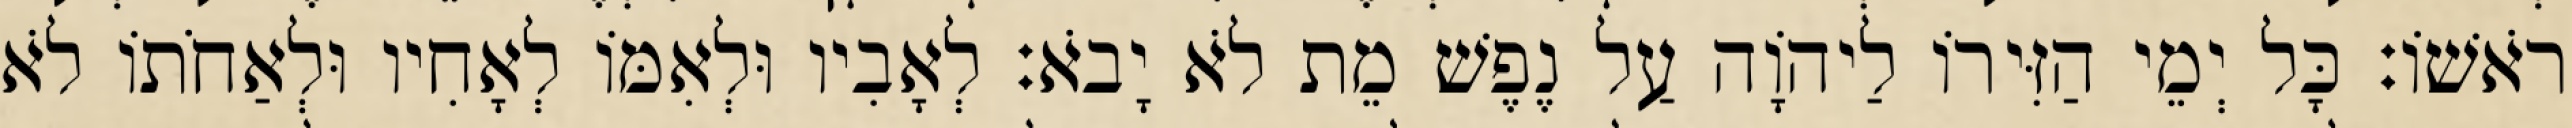
רֹאשׁוֹ׃ כָּל יְמֵי הַזִּירוֹ לַיהוָֹה עַל נֶפֶשׁ מֵת לֹא יָבֹא׃ לְאָבִיו וּלְאִמּוֹ לְאָחִיו וּלְאַחֹתוֹ לֹא